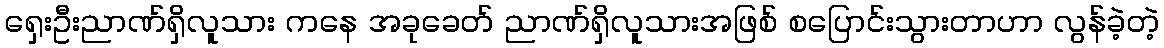
ရှေးဦးညာဏ်ရှိလူသား ကနေ အခုခေတ် ညာဏ်ရှိလူသားအဖြစ် စပြောင်းသွားတာဟာ လွန်ခဲ့တဲ့